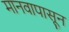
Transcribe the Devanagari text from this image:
मानवापासून